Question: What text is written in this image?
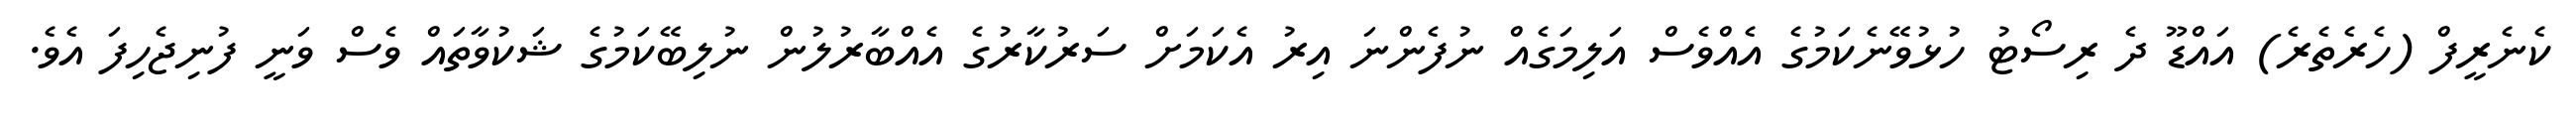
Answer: ކެނެރީފް (ހެރެތެރެ) އައްޑޫ ދެ ރިސޯޓު ހުޅުވޭނެކަމުގެ އެއްވެސް އަލިމަގެއް ނުފެންނަ އިރު އެކަމަށް ސަރުކާރުގެ އެއްބާރުލުން ނުލިބޭކަމުގެ ޝަކުވާތައް ވެސް ވަނީ ފުނިޖެހިފަ އެވެ.